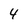
Character: 4